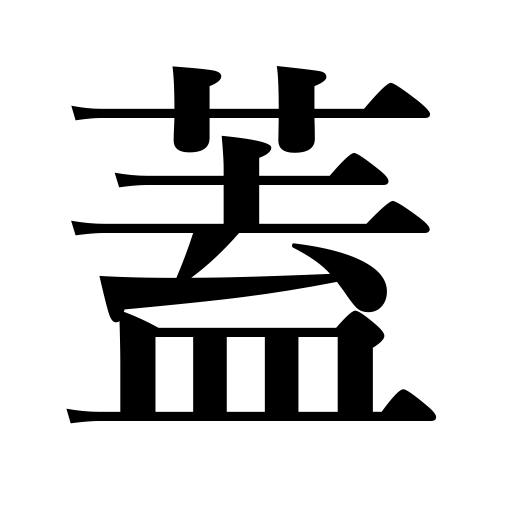
Meanings: lid,flap,hood,cover